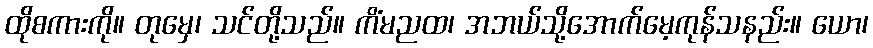
ထိုစကားကို။ တုမှေ၊ သင်တို့သည်။ ကိံမညထ၊ အဘယ်သို့အောက်မေ့ကုန်သနည်း။ ယော၊